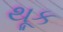
થૂક